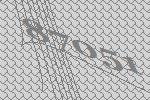
87051